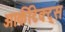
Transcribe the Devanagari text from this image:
आर्कीटेक्ट्स